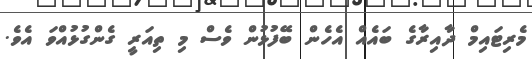
މެރިޓައިމް ދާއިރާގެ ބައެއް އެހެން ބޭފުޅުން ވެސް މި ތިއަރީ ގެންގުޅުއްވަ އެވެ.